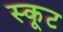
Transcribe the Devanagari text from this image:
स्कूट